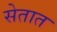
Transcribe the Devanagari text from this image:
सेतात